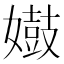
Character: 𫱺